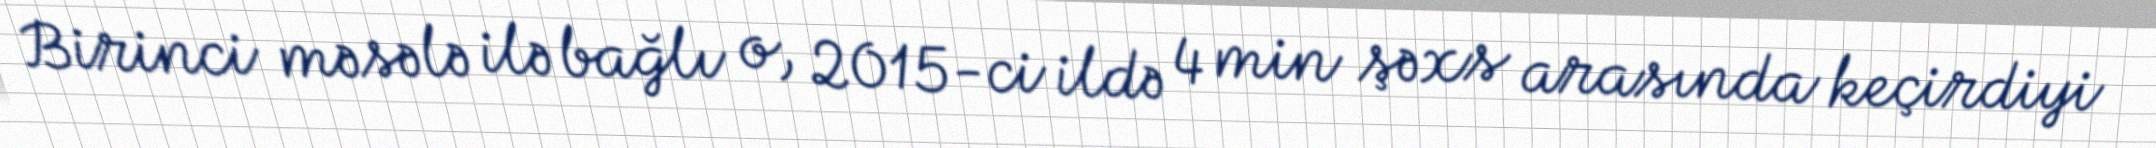
Birinci məsələ ilə bağlı o, 2015-ci ildə 4 min şəxs arasında keçirdiyi